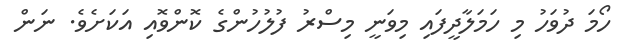
ހޯމަ ދުވަހު މި ހަމަލާދީފައި މިވަނީ މިސްރު ފުލުހުންގެ ކޮންވޮއި އަކަށެވެ. ނަން